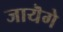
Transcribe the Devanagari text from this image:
जायॆगे